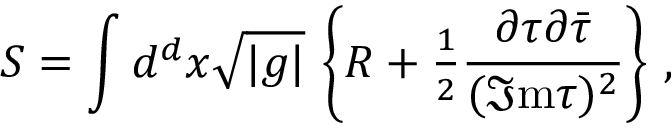
S = \int d ^ { d } x \sqrt { | g | } \, \left\{ R + { \textstyle \frac { 1 } { 2 } } \frac { \partial \tau \partial \bar { \tau } } { ( \Im \mathrm { m } \tau ) ^ { 2 } } \right\} \, ,